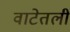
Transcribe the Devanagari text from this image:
वाटेतली